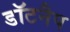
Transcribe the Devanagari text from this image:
डॉटनैप